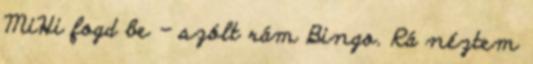
MiHi fogd be - szólt rám Bingo. Rá néztem